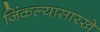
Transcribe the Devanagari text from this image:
जिंकल्यासारखे